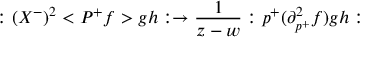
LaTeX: : ( X ^ { - } ) ^ { 2 } < P ^ { + } f > g h : \rightarrow \frac 1 { z - w } : p ^ { + } ( \partial _ { p ^ { + } } ^ { 2 } f ) g h :